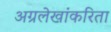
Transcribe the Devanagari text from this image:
अग्रलेखांकरिता